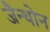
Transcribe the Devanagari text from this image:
जैन्थोन